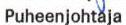
Puheenjohtaja